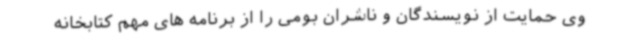
وی حمایت از نویسندگان و ناشران بومی را از برنامه های مهم کتابخانه